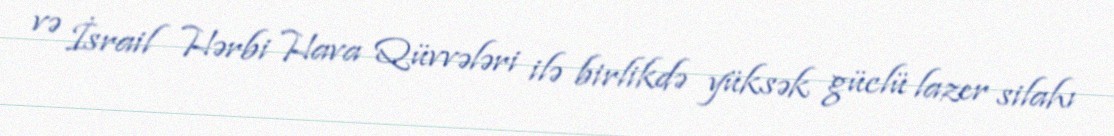
və İsrail Hərbi Hava Qüvvələri ilə birlikdə yüksək güclü lazer silahı